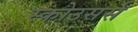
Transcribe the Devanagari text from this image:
स्कोउसर्स